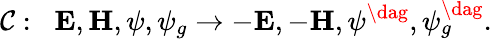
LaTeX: \mathcal{C}:\; \; {\mathbf{E}},{\mathbf{H}},\psi,\psi_{g}\rightarrow-{\mathbf{E}},-{\mathbf{H}},\psi^{\dag},\psi_{g}^{\dag}.